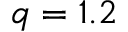
q = 1 . 2